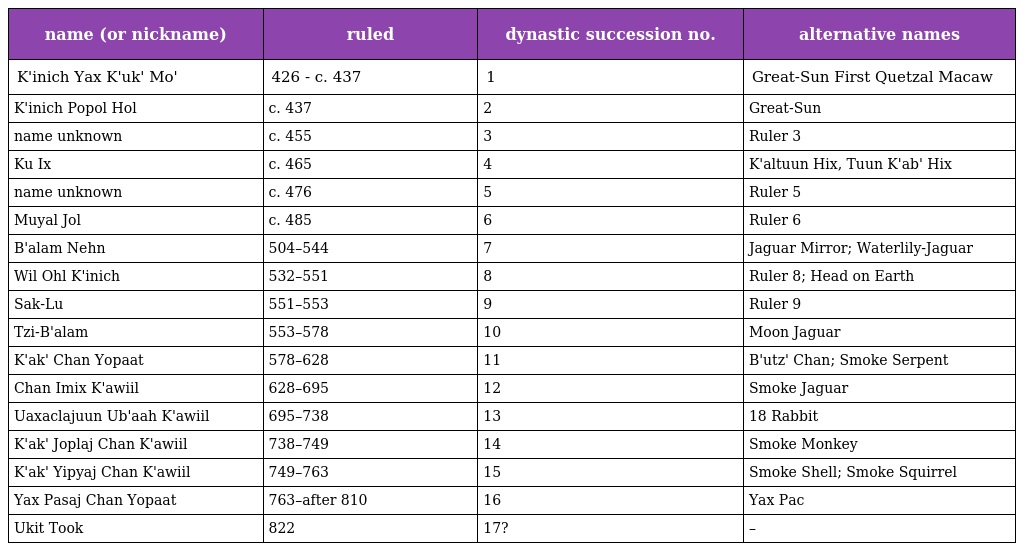
| name (or nickname) | ruled | dynastic succession no. | alternative names |
 | --- | --- | --- | --- |
 | K'inich Yax K'uk' Mo' | 426 - c. 437 | 1 | Great-Sun First Quetzal Macaw |
 | K'inich Popol Hol | c. 437 | 2 | Great-Sun |
 | name unknown | c. 455 | 3 | Ruler 3 |
 | Ku Ix | c. 465 | 4 | K'altuun Hix, Tuun K'ab' Hix |
 | name unknown | c. 476 | 5 | Ruler 5 |
 | Muyal Jol | c. 485 | 6 | Ruler 6 |
 | B'alam Nehn | 504–544 | 7 | Jaguar Mirror; Waterlily-Jaguar |
 | Wil Ohl K'inich | 532–551 | 8 | Ruler 8; Head on Earth |
 | Sak-Lu | 551–553 | 9 | Ruler 9 |
 | Tzi-B'alam | 553–578 | 10 | Moon Jaguar |
 | K'ak' Chan Yopaat | 578–628 | 11 | B'utz' Chan; Smoke Serpent |
 | Chan Imix K'awiil | 628–695 | 12 | Smoke Jaguar |
 | Uaxaclajuun Ub'aah K'awiil | 695–738 | 13 | 18 Rabbit |
 | K'ak' Joplaj Chan K'awiil | 738–749 | 14 | Smoke Monkey |
 | K'ak' Yipyaj Chan K'awiil | 749–763 | 15 | Smoke Shell; Smoke Squirrel |
 | Yax Pasaj Chan Yopaat | 763–after 810 | 16 | Yax Pac |
 | Ukit Took | 822 | 17? | – |